Civil Veterinary Dept. North-West Frontier Province 1933-46 - 1933-1946
Year: 1933
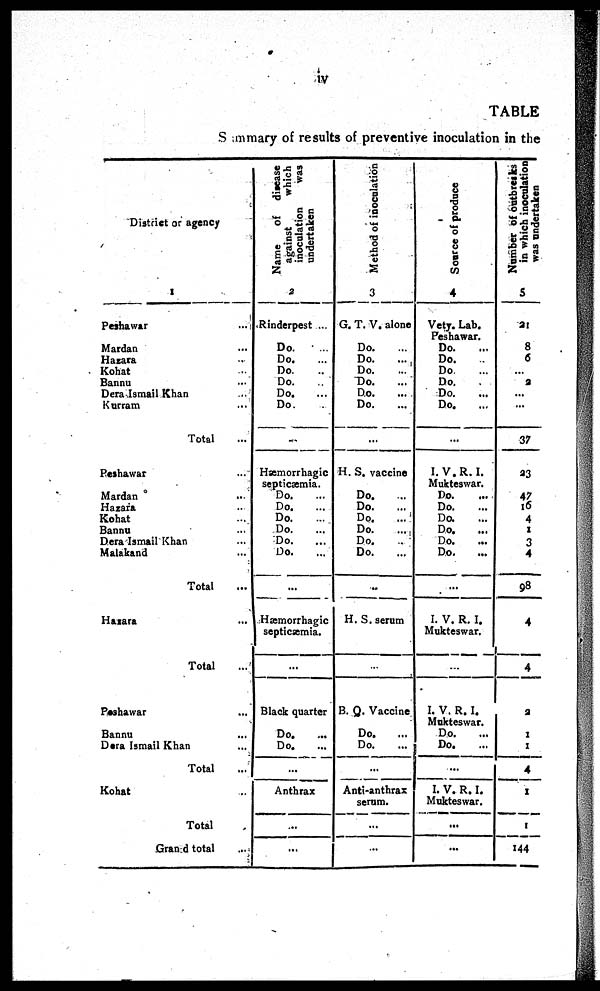
iv
TABLE
Summary of results of preventive inoculation in the
District or agency
1
Peshawar
...
Mardan ...
Hazara ...
Kohat ...
Bannu ...
Dera Ismail Khan ...
Kurram ...
Total ...
Peshawar ...
Mardan ...
Hazara ...
Kohat ...
Bannu ...
Dera Ismail Khan ...
Malakand ...
Total
Hazara ...
Total ...
Peshawar ...
Bannu ...
Dera Ismail Khan ...
Total ...
Kohat ...
Total ...
Grand total ...
Name
of disease
against
which
inoculation
was
undertaken
2
Rinderpest ...
Do. ...
Do. ...
Do. ...
Do. ...
Do. ...
Do. ...
...
Hæmorrhagic
septicæmia.
Do. ...
Do. ...
Do. ...
Do. ...
Do. ...
Do. ...
...
Hæmorrhagic
septicæmia.
...
Black quarter
Do. ...
Do. ...
...
Anthrax
...
...
Method of inoculation
3
G. T. V. alone
Do.
Do. ...
Do. ...
Do. ...
Do. ...
Do. ...
...
H. S. vaccine
Do. ...
Do. ...
Do. ...
Do. ...
Do. ...
Do. ...
...
H. S. serum
...
B. Q. Vaccine
Do. ...
Do. ...
...
Anti-anthrax
serum.
...
...
Source of produce
4
Vety. Lab.
Peshawar.
Do. ...
Do. ...
Do. ...
Do. ...
Do. ...
Do. ...
...
I. V.R. I.
Mukteswar.
Do. ...
Do. ...
Do. ...
Do. ...
Do. ...
Do. ...
...
I. V. R. I.
Mukteswar.
...
I. V. R. I.
Mukteswar.
Do. ...
Do. ...
...
I. V. R. I.
Mukteswar.
...
...
Number of outbreaks
in which inoculation
was undertaken
5
21
8
6
...
2
...
...
37
23
47 16
4
1
3
4
98
4
4
2
1
1
4
1
1
144